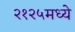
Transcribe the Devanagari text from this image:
२१२५मध्ये